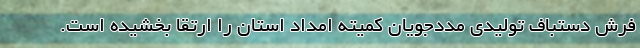
فرش دستباف تولیدی مددجویان کمیته امداد استان را ارتقا بخشیده است.